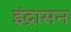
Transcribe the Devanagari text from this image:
इंद्रासन